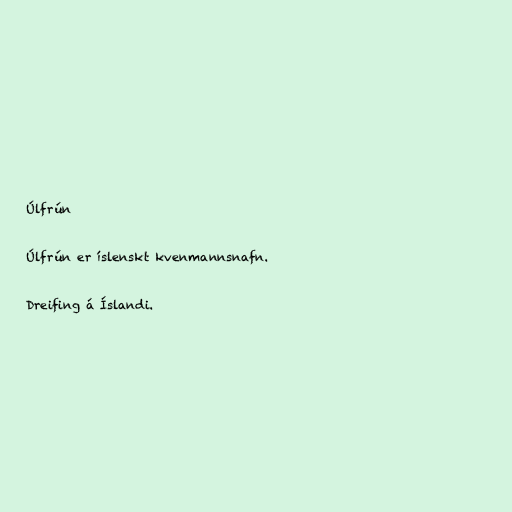
Úlfrún

Úlfrún er íslenskt kvenmannsnafn.

Dreifing á Íslandi.